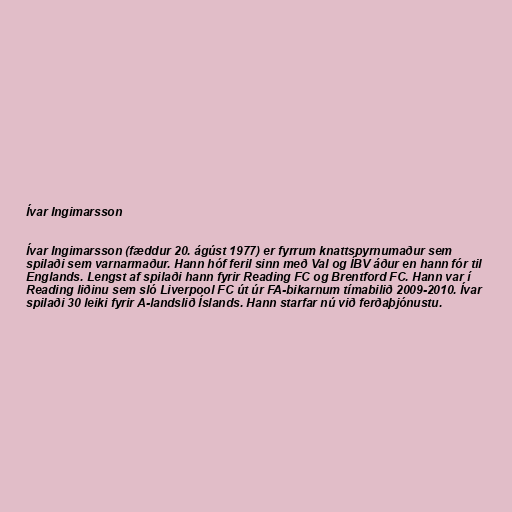
Ívar Ingimarsson

Ívar Ingimarsson (fæddur 20. ágúst 1977) er fyrrum knattspyrnumaður sem
spilaði sem varnarmaður. Hann hóf feril sinn með Val og ÍBV áður en hann fór til
Englands. Lengst af spilaði hann fyrir Reading FC og Brentford FC. Hann var í
Reading liðinu sem sló Liverpool FC út úr FA-bikarnum tímabilið 2009-2010. Ívar
spilaði 30 leiki fyrir A-landslið Íslands. Hann starfar nú við ferðaþjónustu.